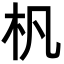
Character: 杋